画像に写った文字を読んでください
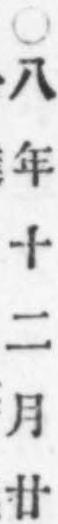
「○八年十二月廿」と書いてあります